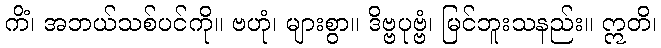
ကိံ၊ အဘယ်သစ်ပင်ကို။ ဗဟုံ၊ များစွာ။ ဒိဗ္ဗပုဗ္ဗံ၊ မြင်ဘူးသနည်း။ ဣတိ၊